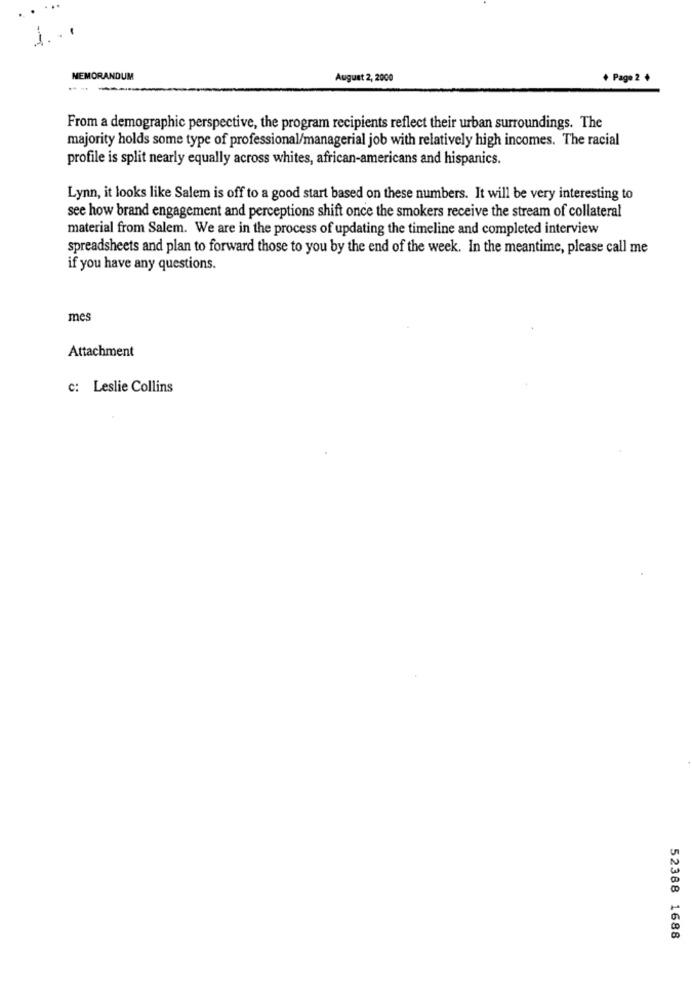
MEMORANDUM
August 2, 2000
+ Page 2 +
From a demographic perspective, the program recipients reflect their urban surroundings. The
majority holds some type of professional/managerial job with relatively high incomes. The racial
profile is split nearly equally across whites, african-americans and hispanics.
Lynn, it looks like Salem is off to a good start based on these numbers. It will be very interesting to
see how brand engagement and perceptions shift once the smokers receive the stream of collateral
material from Salem. We are in the process of updating the timeline and completed interview
spreadsheets and plan to forward those to you by the end of the week. In the meantime, please call me
if you have any questions.
mes
Attachment
c: Leslie Collins
52388 1688